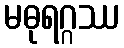
မဓုရဂ္ဂဿ